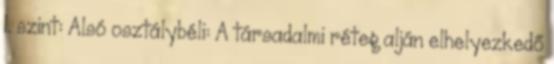
1. szint: Alsó osztálybéli: A társadalmi réteg alján elhelyezkedő